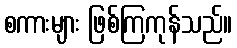
စကားများ ဖြစ်ကြကုန်သည်။